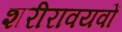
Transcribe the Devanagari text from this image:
शरीरावयवों